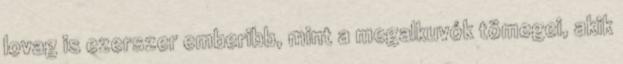
lovag is ezerszer emberibb, mint a megalkuvók tömegei, akik